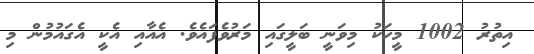
އިތުރު 1002 މީހަކު މިވަނީ ބަލީގައި މަރުވެފައެވެ. އެއާއި އެކީ އެގައުމުން މި